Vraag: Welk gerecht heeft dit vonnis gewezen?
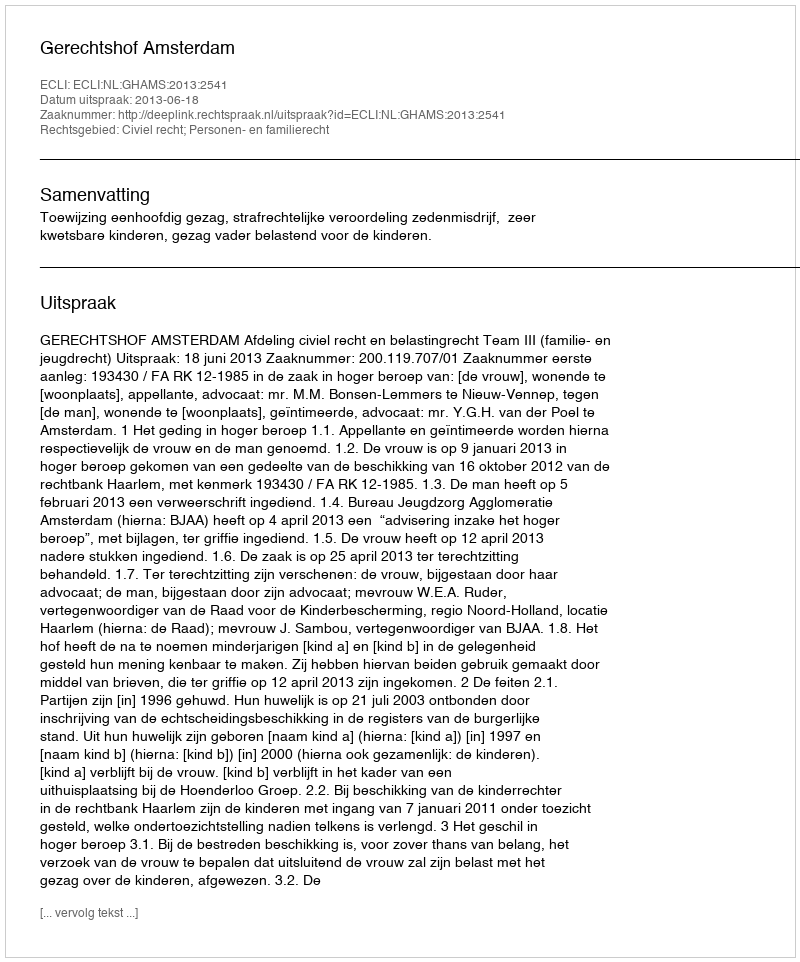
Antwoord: Gerechtshof Amsterdam